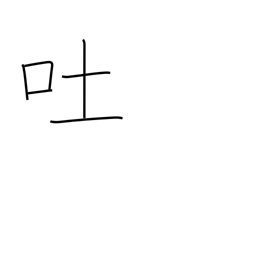
Meaning: vomit